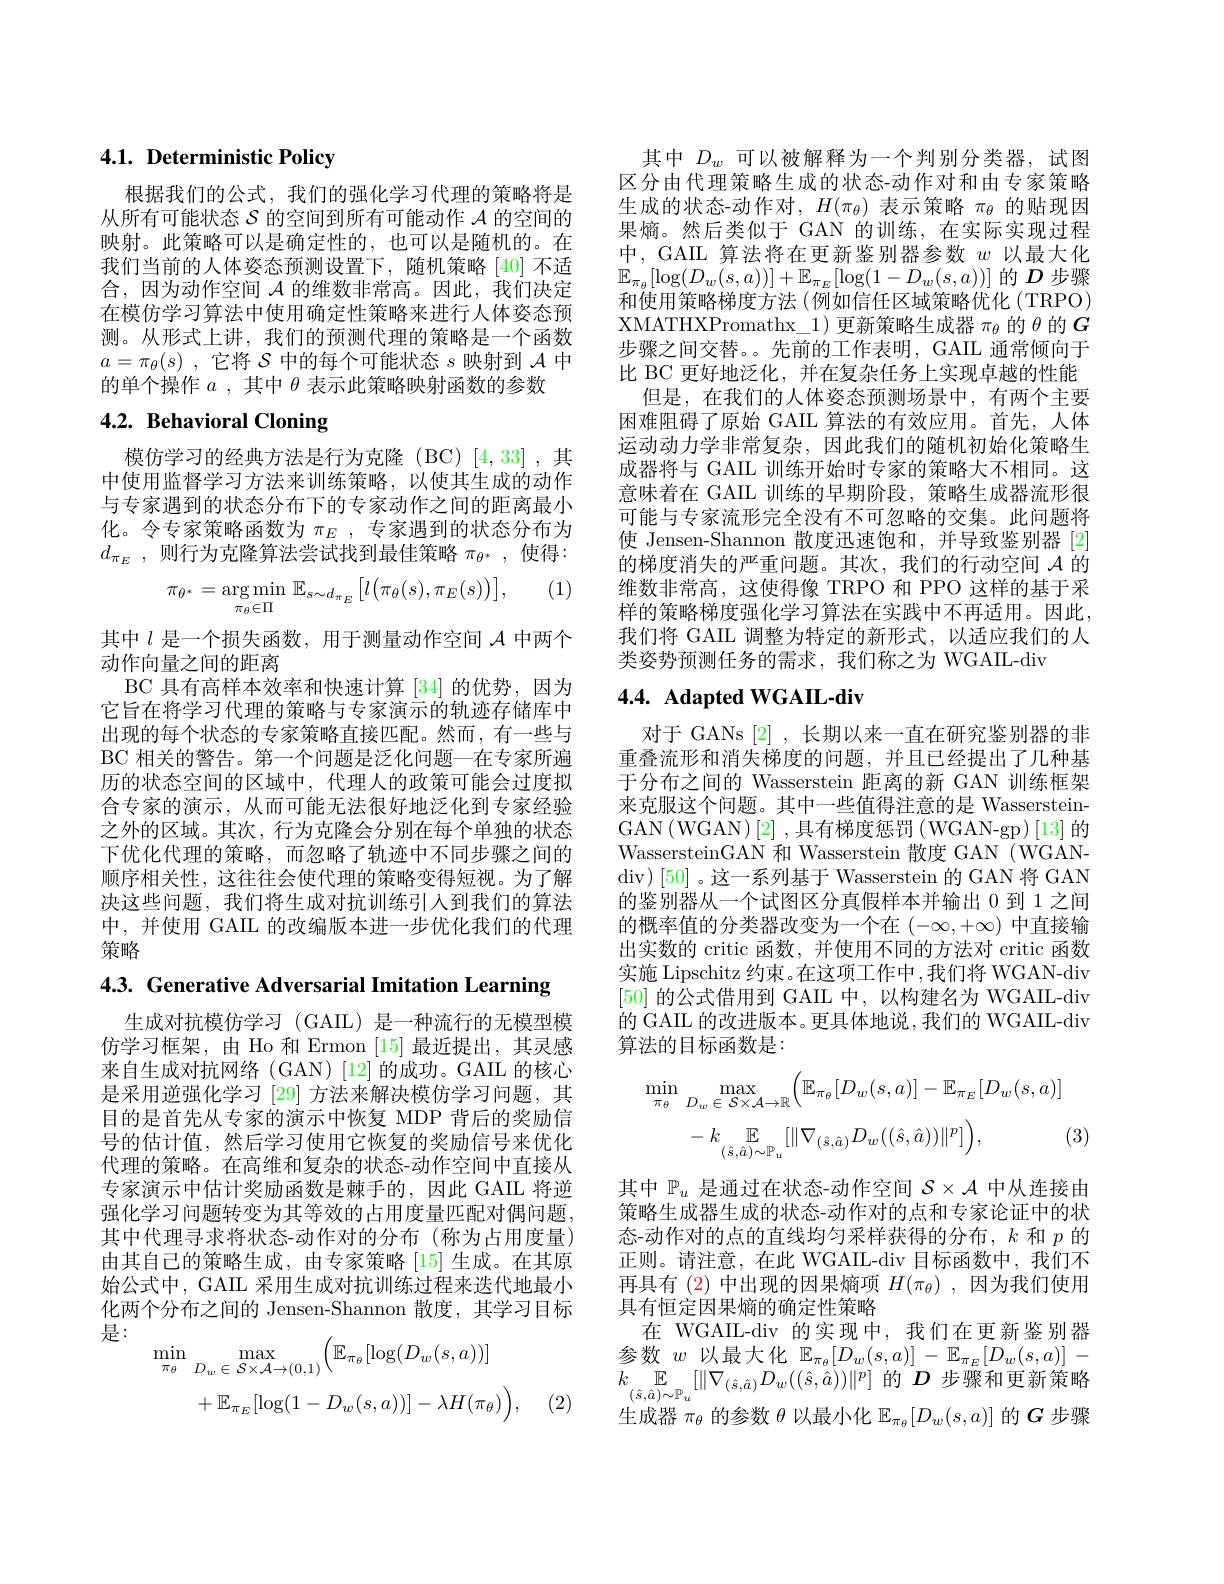
# 4.1. Deterministic Policy

根据我们的公式，我们的强化学习代理的策略将是从所有可能状态$\mathcal{S}$的空间到所有可能动作$\mathcal{A}$的空间的映射。此策略可以是确定性的，也可以是随机的。在我们当前的人体姿态预测设置下，随机策略[40]不适合，因为动作空间$\mathcal{A}$的维数非常高。因此，我们决定在模仿学习算法中使用确定性策略来进行人体姿态预测。从形式上讲，我们的预测代理的策略是一个函数$a= \pi _\theta ( s)$ ,它将$\mathcal{S}$中的每个可能状态$s$映射到$\mathcal{A}$中的单个操作$a$ , 其中$\theta$表示此策略映射函数的参数

# 4.2. Behavioral Cloning

模仿学习的经典方法是行为克隆(BC)[4,33],其中使用监督学习方法来训练策略，以使其生成的动作与专家遇到的状态分布下的专家动作之间的距离最小化。令专家策略函数为$\pi_E$,专家遇到的状态分布为$d_{\pi _E}$ , 则行为克隆算法尝试找到最佳策略$\pi _\theta ^*$ , 使得：

(1)
$$\pi_{\theta^{*}}=\arg\min_{\pi_{\theta}\in\Pi}\mathbb{E}_{s\sim d_{\pi_{E}}}\left[l\left(\pi_{\theta}(s),\pi_{E}(s)\right)\right],$$
其中$l$是一个损失函数，用于测量动作空间$\mathcal{A}$中两个
动作向量之间的距离
BC 具有高样本效率和快速计算 [34] 的优势，因为它旨在将学习代理的策略与专家演示的轨迹存储库中出现的每个状态的专家策略直接匹配。然而，有一些与BC 相关的警告。第一个问题是泛化问题一在专家所遍历的状态空间的区域中，代理人的政策可能会过度拟合专家的演示，从而可能无法很好地泛化到专家经验之外的区域。其次，行为克隆会分别在每个单独的状态下优化代理的策略，而忽略了轨迹中不同步骤之间的顺序相关性，这往往会使代理的策略变得短视。为了解决这些问题，我们将生成对抗训练引入到我们的算法中，并使用 GAIL 的改编版本进一步优化我们的代理策略

4.3. Generative Adversarial Imitation Learning

生成对抗模仿学习(GAIL)是一种流行的无模型模仿学习框架，由 Ho 和 Ermon [15] 最近提出，其灵感来自生成对抗网络(GAN)[12]的成功。GAIL 的核心是采用逆强化学习 [29] 方法来解决模仿学习问题，其目的是首先从专家的演示中恢复 MDP 背后的奖励信号的估计值，然后学习使用它恢复的奖励信号来优化代理的策略。在高维和复杂的状态-动作空间中直接从专家演示中估计奖励函数是棘手的，因此 GAIL 将逆强化学习问题转变为其等效的占用度量匹配对偶问题， 其中代理寻求将状态-动作对的分布(称为占用度量) 由其自己的策略生成，由专家策略[15]生成。在其原始公式中，GAIL 采用生成对抗训练过程来迭代地最小化两个分布之间的 Jensen-Shannon 散度，其学习目标是：
$$\begin{aligned}\min_{\pi_{\theta}}&\max_{D_{w}\in\mathcal{S}\times\mathcal{A}\to(0,1)}\Big(\mathbb{E}_{\pi_{\theta}}[\log(D_{w}(s,a))]\\&+\mathbb{E}_{\pi_{E}}[\log(1-D_{w}(s,a))]-\lambda H(\pi_{\theta})\Big),\end{aligned}$$
(2)

其中$D_w$可以被解释为一个判别分类器，试图区分由代理策略生成的状态-动作对和由专家策略生成的状态-动作对，$H(\pi_\theta)$表示策略$\pi_\mathrm{\theta}$的贴现因果熵。然后类似于 GAN 的训练，在实际实现过程中，GAIL 算法将在更新鉴别器参数$w$以最大化$\mathbb{E}_{\pi_{\theta}}[\log(D_{w}(s,a))]+\mathbb{E}_{\pi_{E}}[\log(1-D_{w}(s,a))]$的$D$步骤和使用策略梯度方法 (例如信任区域策略优化 (TRPO) XMATHXPromathx\_1)更新策略生成器$\pi_\theta$的$G$ 步骤之间交替。。先前的工作表明，GAIL 通常倾向于比 BC 更好地泛化，并在复杂任务上实现卓越的性能
但是，在我们的人体姿态预测场景中，有两个主要困难阻碍了原始 GAIL 算法的有效应用。首先，人体运动动力学非常复杂，因此我们的随机初始化策略生成器将与 GAIL 训练开始时专家的策略大不相同。这意味着在 GAIL 训练的早期阶段，策略生成器流形很可能与专家流形完全没有不可忽略的交集。此问题将使 Jensen-Shannon 散度迅速饱和，并导致鉴别器 [2] 的梯度消失的严重问题。其次，我们的行动空间$\mathcal{A}$的维数非常高，这使得像 TRPO 和 PPO 这样的基于采样的策略梯度强化学习算法在实践中不再适用。因此， 我们将 GAIL 调整为特定的新形式，以适应我们的人类姿势预测任务的需求，我们称之为 WGAIL-div

## $4. 4. \textbf{Adapted WGAIL- div}$

对于 GANs [2] ,长期以来一直在研究鉴别器的非重叠流形和消失梯度的问题，并且已经提出了几种基于分布之间的 Wasserstein 距离的新 GAN 训练框架来克服这个问题。其中一些值得注意的是 WassersteinGAN$\left(\mathrm{WGAN}\right)[2]$ ,具有梯度惩罚 (WGAN-gp)[13]的WassersteinGAN 和 Wasserstein 散度 GAN (WGANdiv)[50]。这一系列基于 Wasserstein 的 GAN 将 GAN 的鉴别器从一个试图区分真假样本并输出 0 到 1 之间的概率值的分类器改变为一个在$(-\infty,+\infty)$中直接输出实数的 critic 函数，并使用不同的方法对 critic 函数实施 Lipschitz 约束。在这项工作中，我们将 WGAN-div [50]的公式借用到 GAIL 中，以构建名为 WGAIIL-div 的 GAIL 的改进版本。更具体地说，我们的 WGAIIL-div 算法的目标函数是：
$$\begin{aligned}\min_{\pi_{\theta}}&\max_{D_{w}\in\mathcal{S}\times\mathcal{A}\to\mathbb{R}}\Big(\mathbb{E}_{\pi_{\theta}}[D_{w}(s,a)]-\mathbb{E}_{\pi_{E}}[D_{w}(s,a)]\\&-k\underset{(\hat{s},\hat{a})\sim\mathbb{P}_{u}}{\operatorname*{\mathbb{E}}}[\|\nabla_{(\hat{s},\hat{a})}D_{w}((\hat{s},\hat{a}))\|^{p}]\Big),\end{aligned}$$
(3)

其中$\mathbb{P}_u$是通过在状态-动作空间$\mathcal{S}\times\mathcal{A}$中从连接由策略生成器生成的状态-动作对的点和专家论证中的状态-动作对的点的直线均匀采样获得的分布，$k$和$p$的正则。请注意，在此 WGAIL-div 目标函数中，我们不再具有(2)中出现的因果熵项$H(\pi_\theta)$,因为我们使用具有恒定因果熵的确定性策略
在 WGAIL-div 的实现中，我们在更新鉴别器参数$w$以最大化$\mathbb{E}_\pi_\theta[D_w(s,a)]-\mathbb{E}_{\pi_E}[D_w(s,a)]-$ $\overline{k}_{(\hat{s},\hat{a})\sim\mathbb{P}_u}[\|\nabla_{(\hat{s},\hat{a})}D_w((\hat{s},\hat{a}))\|^p]$的$D$步骤和更新策略生成器$\pi_\theta$的参数$\theta$以最小化$\mathbb{E}_\pi_\theta[D_w(s,a)]$的$G$步骤